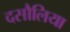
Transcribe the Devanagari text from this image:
दसौलिया